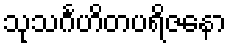
သုသင်္ဂဟိတပရိဇနော